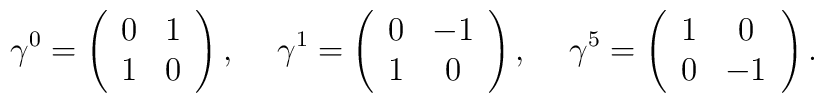
\gamma^0 = \left( \begin{array}{cc} 0 & 1 \\				    1 & 0		  \end{array} \right),			 \hspace*{0.5cm}\gamma^1 = \left( \begin{array}{cc} 0 & -1 \\				    1 &  0		  \end{array} \right),			 \hspace*{0.5cm}\gamma^5 = \left( \begin{array}{cc} 1 &  0 \\				    0 & -1		  \end{array} \right).